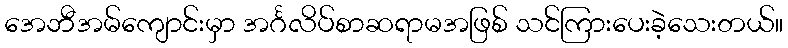
အေဘီအမ်ကျောင်းမှာ အင်္ဂလိပ်စာဆရာမအဖြစ် သင်ကြားပေးခဲ့သေးတယ်။